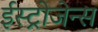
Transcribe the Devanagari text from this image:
ईस्ट्रोजेन्स